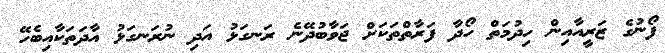
ފޯނުގެ ޒަރީއާއިން ހިދުމަތް ހޯދާ ފަރާތްތަކަށް ޖަވާބުދޭނެ ރަނގަޅު އަދި ނުރަނގަޅު އާދަތަކާއިބެހޭ